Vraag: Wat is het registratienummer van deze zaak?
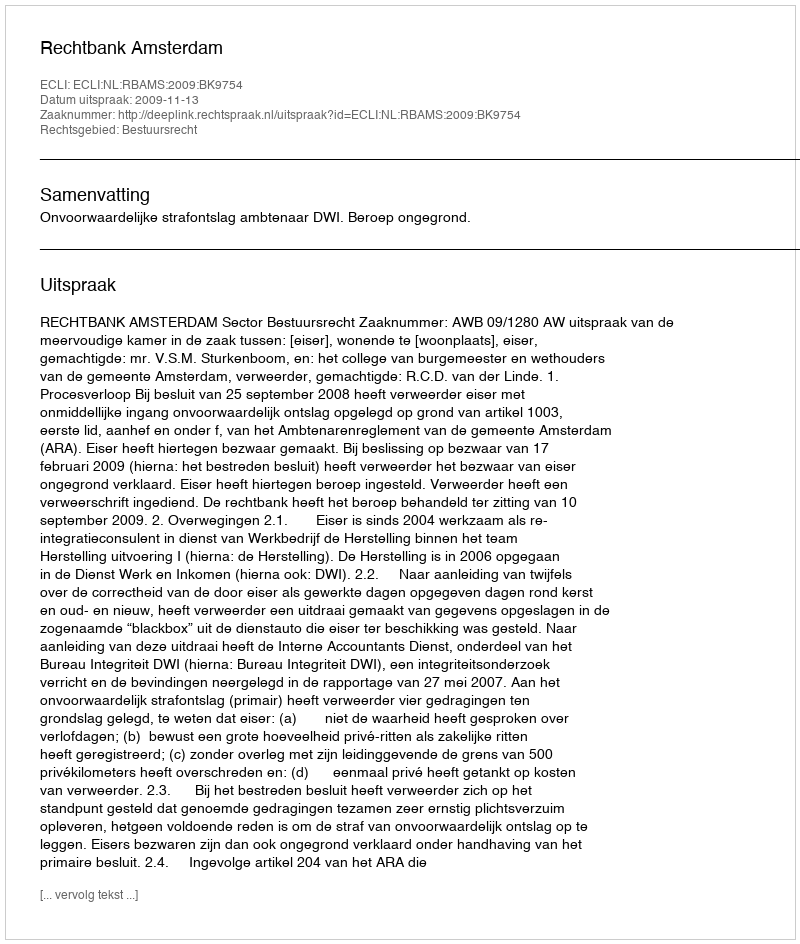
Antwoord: http://deeplink.rechtspraak.nl/uitspraak?id=ECLI:NL:RBAMS:2009:BK9754